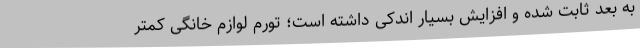
به بعد ثابت شده و افزایش بسیار اندکی داشته است؛ تورم لوازم خانگی کمتر